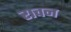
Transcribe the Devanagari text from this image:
राचन